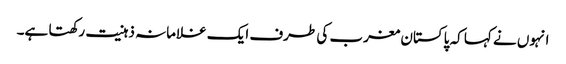
انہوں نے کہا کہ پاکستان مغرب کی طرف ایک غلامانہ ذہنیت رکھتا ہے۔